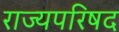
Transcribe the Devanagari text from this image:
राज्यपरिषद